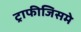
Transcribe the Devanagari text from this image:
ट्राफीजिसमे